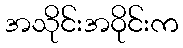
အသိုင်းအဝိုင်းက